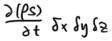
$2(\frac{\partial z}{\partial x})\delta x\delta y$